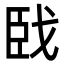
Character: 𦣣